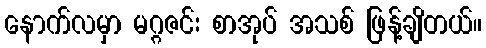
နောက်လမှာ မဂ္ဂဇင်း စာအုပ် အသစ် ဖြန့်ချိတယ်။